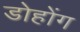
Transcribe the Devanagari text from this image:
डोहोंग